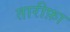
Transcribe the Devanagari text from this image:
तारीफ़ा